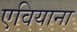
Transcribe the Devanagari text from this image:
एवियाना